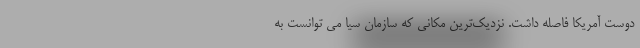
دوست آمریکا فاصله داشت. نزدیک‌ترین مکانی که سازمان سیا می توانست به